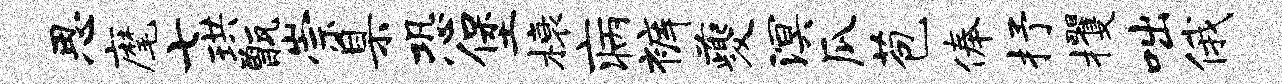
思麾七珙甑崇臬恐堡榱病裤夔溟瓜苞俸抒攫咄俄